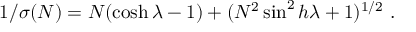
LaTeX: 1 / \sigma ( N ) = N ( \cosh \lambda - 1 ) + ( N ^ { 2 } \sin ^ { 2 } h \lambda + 1 ) ^ { 1 / 2 } \ .